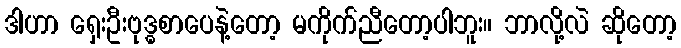
ဒါဟာ ရှေးဦးဗုဒ္ဓစာပေနဲ့တော့ မကိုက်ညီတော့ပါဘူး။ ဘာလို့လဲ ဆိုတော့